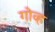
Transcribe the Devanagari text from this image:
गोव्ह